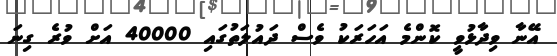
އޭނާ ވިދާޅުވީ ކޮންމެ އަހަރަކު ވެސް ދައުލަތުގައި 40000 އަށް ވުރެ ގިނަ